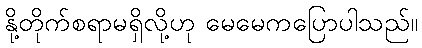
နို့တိုက်စရာမရှိလို့ဟု မေမေကပြောပါသည်။